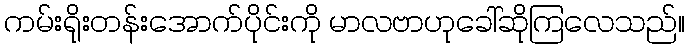
ကမ်းရိုးတန်းအောက်ပိုင်းကို မာလဗာဟုခေါ်ဆိုကြလေသည်။